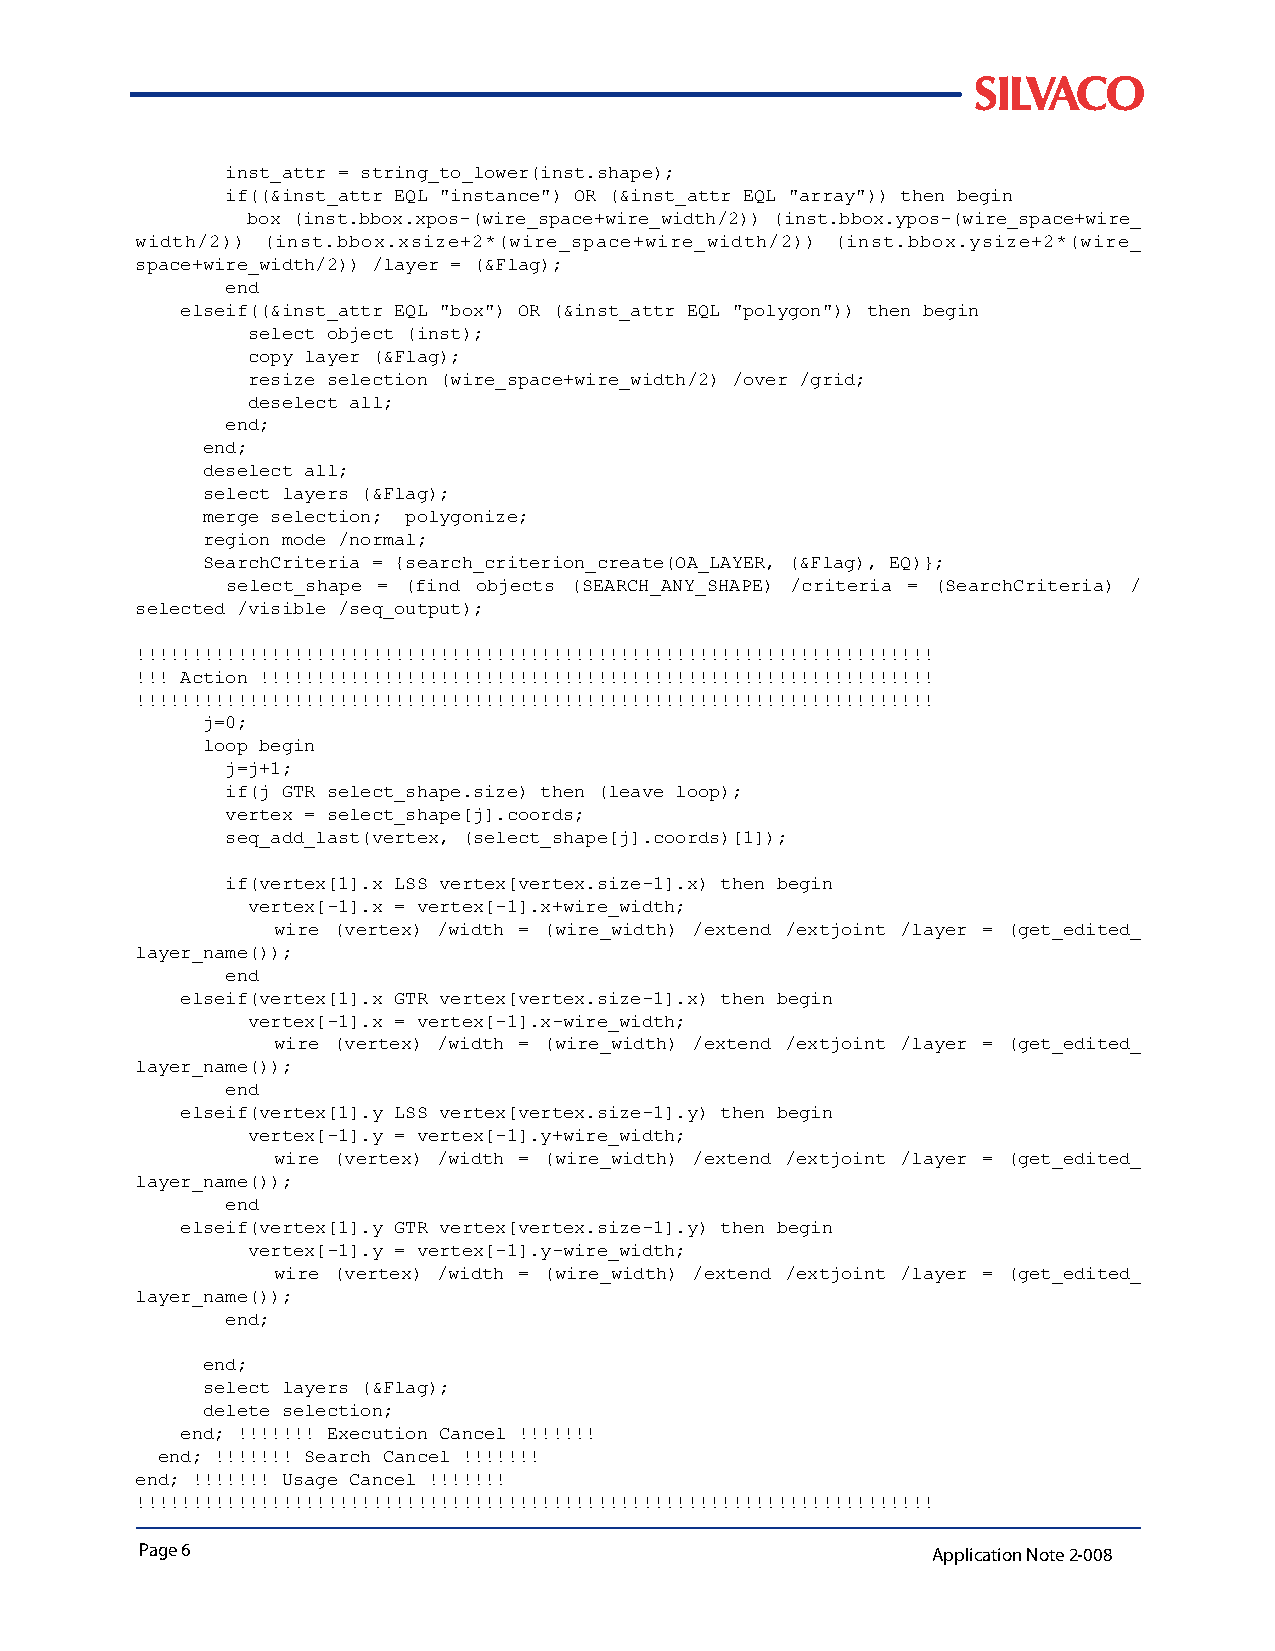
inst_attr = string_to_lower(inst.shape);
 if((&inst_attr EQL "instance") OR (&inst_attr EQL "array")) then begin
 box (inst.bbox.xpos-(wire_space+wire_width/2)) (inst.bbox.ypos-(wire_space+wire_
 width/2)) (inst.bbox.xsize+2*(wire_space+wire_width/2)) (inst.bbox.ysize+2*(wire_
 space+wire_width/2)) /layer = (&Flag);
 end
 elseif((&inst_attr EQL "box") OR (&inst_attr EQL "polygon")) then begin
 select object (inst);
 copy layer (&Flag);
 resize selection (wire_space+wire_width/2) /over /grid;
 deselect all;
 end;
 end;
 deselect all;
 select layers (&Flag);
 merge selection; polygonize;
 region mode /normal;
 SearchCriteria = {search_criterion_create(OA_LAYER, (&Flag), EQ)};
 select_shape = (find objects (SEARCH_ANY_SHAPE) /criteria = (SearchCriteria) /
 selected /visible /seq_output);
 !!!!!!!!!!!!!!!!!!!!!!!!!!!!!!!!!!!!!!!!!!!!!!!!!!!!!!!!!!!!!!!!!!!!!!!
 !!! Action !!!!!!!!!!!!!!!!!!!!!!!!!!!!!!!!!!!!!!!!!!!!!!!!!!!!!!!!!!!!
 !!!!!!!!!!!!!!!!!!!!!!!!!!!!!!!!!!!!!!!!!!!!!!!!!!!!!!!!!!!!!!!!!!!!!!!
 j=0;
 loop begin
 j=j+1;
 if(j GTR select_shape.size) then (leave loop);
 vertex = select_shape[j].coords;
 seq_add_last(vertex, (select_shape[j].coords)[1]);
 if(vertex[1].x LSS vertex[vertex.size-1].x) then begin
 vertex[-1].x = vertex[-1].x+wire_width;
 wire (vertex) /width = (wire_width) /extend /extjoint /layer = (get_edited_
 layer_name());
 end
 elseif(vertex[1].x GTR vertex[vertex.size-1].x) then begin
 vertex[-1].x = vertex[-1].x-wire_width;
 wire (vertex) /width = (wire_width) /extend /extjoint /layer = (get_edited_
 layer_name());
 end
 elseif(vertex[1].y LSS vertex[vertex.size-1].y) then begin
 vertex[-1].y = vertex[-1].y+wire_width;
 wire (vertex) /width = (wire_width) /extend /extjoint /layer = (get_edited_
 layer_name());
 end
 elseif(vertex[1].y GTR vertex[vertex.size-1].y) then begin
 vertex[-1].y = vertex[-1].y-wire_width;
 wire (vertex) /width = (wire_width) /extend /extjoint /layer = (get_edited_
 layer_name());
 end;
 end;
 select layers (&Flag);
 delete selection;
 end; !!!!!!! Execution Cancel !!!!!!!
 end; !!!!!!! Search Cancel !!!!!!!
 end; !!!!!!! Usage Cancel !!!!!!!
 !!!!!!!!!!!!!!!!!!!!!!!!!!!!!!!!!!!!!!!!!!!!!!!!!!!!!!!!!!!!!!!!!!!!!!!
 Page 6                                               Application Note 2-008